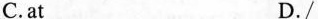
C.at D./